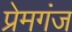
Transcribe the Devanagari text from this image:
प्रेमगंज